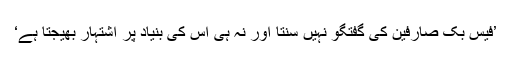
’فیس بک صارفین کی گفتگو نہیں سنتا اور نہ ہی اس کی بنیاد پر اشتہار بھیجتا ہے‘